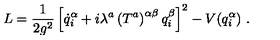
L = \frac { 1 } { 2 g ^ { 2 } } \left[ \dot { q } _ { i } ^ { \alpha } + i \lambda ^ { a } \left( T ^ { a } \right) ^ { \alpha \beta } q _ { i } ^ { \beta } \right] ^ { 2 } - V ( q _ { i } ^ { \alpha } ) \ .